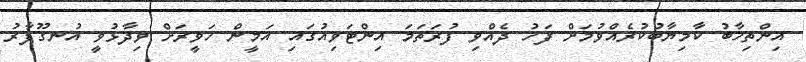
އިންތިޚާބު ކާމިޔާބުކުރެއްވުމަށް ފަހު ދެއްވި ފުރަތަމަ އިންޓަވިއުގައި އަމީން ހަވީރަށް ވިދާޅުވީ އުނގޫފާރު